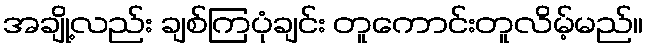
အချို့လည်း ချစ်ကြပုံချင်း တူကောင်းတူလိမ့်မည်။